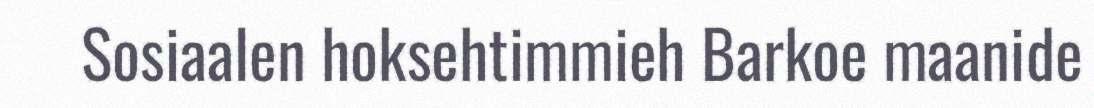
Sosiaalen hoksehtimmieh Barkoe maanide